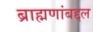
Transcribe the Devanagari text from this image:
ब्राह्मणांबद्दल